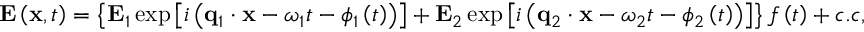
\mathbf { E } \left( \mathbf { x } , t \right) = \left\{ \mathbf { E } _ { 1 } \exp \left[ i \left( \mathbf { q } _ { 1 } \cdot \mathbf { x } - \omega _ { 1 } t - \phi _ { 1 } \left( t \right) \right) \right] + \mathbf { E } _ { 2 } \exp \left[ i \left( \mathbf { q } _ { 2 } \cdot \mathbf { x } - \omega _ { 2 } t - \phi _ { 2 } \left( t \right) \right) \right] \right\} f \left( t \right) + c . c ,